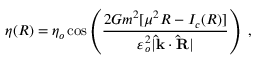
\eta ( R ) = \eta _ { o } \cos \left( \frac { 2 G m ^ { 2 } [ \mu ^ { 2 } R - I _ { c } ( R ) ] } { \varepsilon _ { o } ^ { 2 } \vert \mathbf { \hat { k } } \cdot \mathbf { \hat { R } } \vert } \right) \ ,